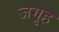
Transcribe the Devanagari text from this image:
जगृह